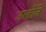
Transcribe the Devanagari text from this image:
उन्होंने